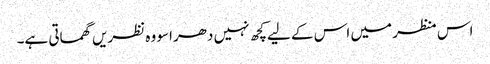
اس منظر میں اس کے لیےکچھ نہیں دھراسو وہ نظریں گھماتی ہے۔